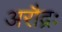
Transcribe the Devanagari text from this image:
अरौद्रः